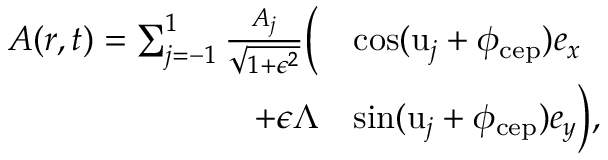
\begin{array} { r l } { \boldsymbol { A } ( \boldsymbol { r } , t ) = \sum _ { j = - 1 } ^ { 1 } \frac { A _ { j } } { \sqrt { 1 + \epsilon ^ { 2 } } } \biggl ( } & { \cos ( \mathrm { u } _ { j } + \phi _ { \mathrm { c e p } } ) \boldsymbol { e } _ { x } } \\ { + \epsilon \Lambda } & { \sin ( \mathrm { u } _ { j } + \phi _ { \mathrm { c e p } } ) \boldsymbol { e } _ { y } \biggr ) , } \end{array}